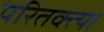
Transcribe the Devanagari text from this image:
परितक्त्या